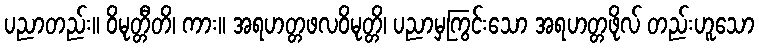
ပညာတည်း။ ဝိမုတ္တီတိ၊ ကား။ အရဟတ္တဖလဝိမုတ္တိ၊ ပညာမှကြွင်းသော အရဟတ္တဖိုလ် တည်းဟူသော